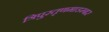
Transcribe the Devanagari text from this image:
त्रिपुरतृणमाडम्बर